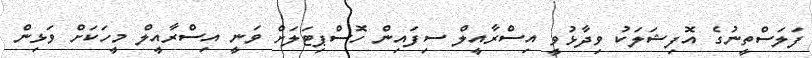
ފަލަސްތީނުގެ އޮފިޝަލަކު ވިދާޅުވީ އިސްރާއީލް ސިފައިން ހޮސްޕިޓަލަށް ވަނީ އިސްރާއީލް މީހަކަށް ވަޅިން